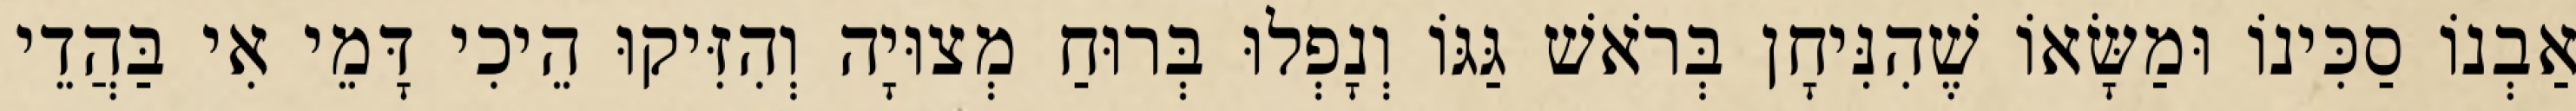
אַבְנוֹ סַכִּינוֹ וּמַשָּׂאוֹ שֶׁהִנִּיחָן בְּרֹאשׁ גַּגּוֹ וְנָפְלוּ בְּרוּחַ מְצוּיָה וְהִזִּיקוּ הֵיכִי דָּמֵי אִי בַּהֲדֵי